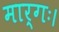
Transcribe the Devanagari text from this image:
मार्गः।